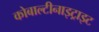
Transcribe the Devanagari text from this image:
कोबाल्टीनाइट्राइट